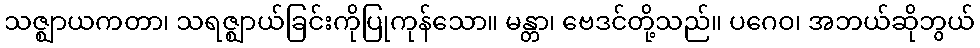
သဇ္ဈာယကတာ၊ သရဇ္ဈာယ်ခြင်းကိုပြုကုန်သော။ မန္တာ၊ ဗေဒင်တို့သည်။ ပဂေဝ၊ အဘယ်ဆိုဘွယ်